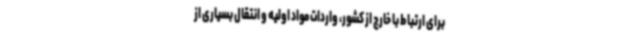
برای ارتباط با خارج از کشور، واردات مواد اولیه و انتقال بسیاری از